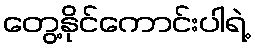
တွေ့နိုင်ကောင်းပါရဲ့